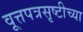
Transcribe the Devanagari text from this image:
वूत्तपत्रसृष्टीच्या